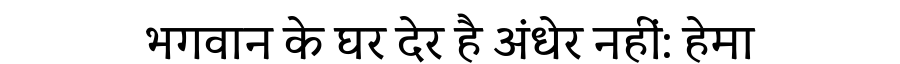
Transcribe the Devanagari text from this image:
भगवान के घर देर है अंधेर नहीं: हेमा